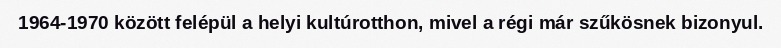
1964-1970 között felépül a helyi kultúrotthon, mivel a régi már szűkösnek bizonyul.